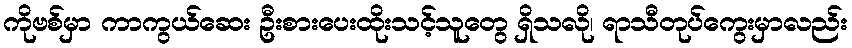
ကိုဗစ်မှာ ကာကွယ်ဆေး ဦးစားပေးထိုးသင့်သူတွေ ရှိသလို၊ ရာသီတုပ်ကွေးမှာလည်း